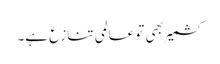
کشمیر بھی تو عالمی تنازع ہے۔